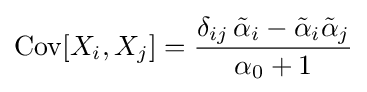
\operatorname {Cov} [X_{i},X_{j}]={\frac {\delta _{ij}\,{\tilde {\alpha }}_{i}-{\tilde {\alpha }}_{i}{\tilde {\alpha }}_{j}}{\alpha _{0}+1}}